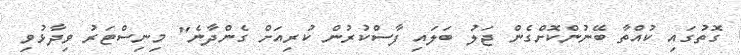
ގޮތުގައި ކުއްތާ ބޭނުންކޮށްގެން ޖަލު ބަލައި ފާސްކުރުން ކުރިއަށް ގެންދާނެ" މިނިސްޓަރު ވިދާޅުވި